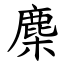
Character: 䴢